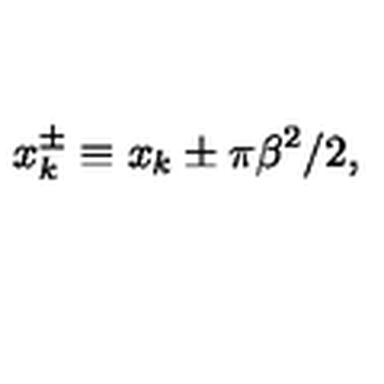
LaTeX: x _ { k } ^ { \pm } \equiv x _ { k } \pm \pi \beta ^ { 2 } / 2 ,